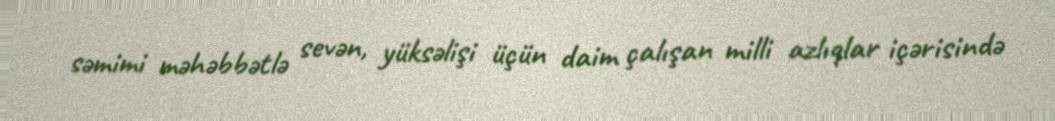
səmimi məhəbbətlə sevən, yüksəlişi üçün daim çalışan milli azlıqlar içərisində